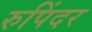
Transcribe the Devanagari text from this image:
रुपिंदर